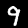
Label: 9